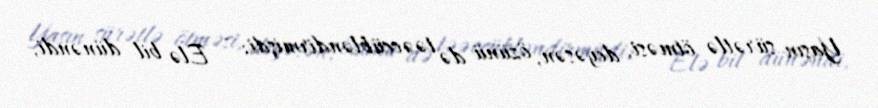
Yaşın sürətlə ötməsi, deyəsən, özünü də təəccübləndirmişdi: - Elə bil dünəndi,